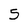
Character: 5